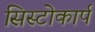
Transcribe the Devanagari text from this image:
सिस्टोकार्प